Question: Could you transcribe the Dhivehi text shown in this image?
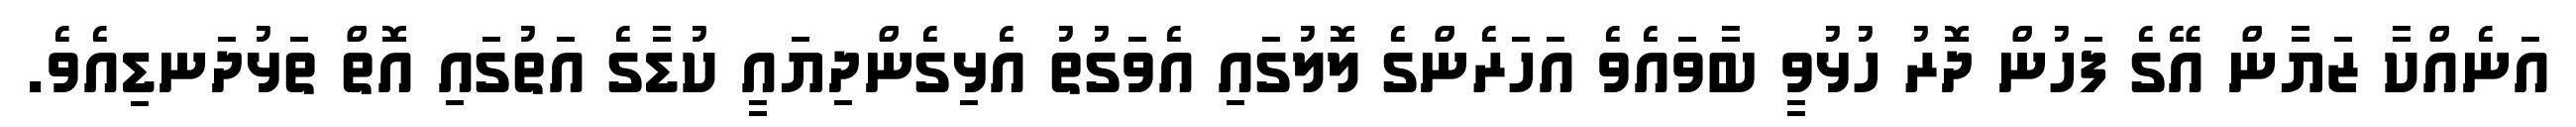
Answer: އަނެއްކާ ޒަޔާން އޭގެ ފަހުން ދޮރު ހުޅުވީ ބާވައެވެ އަހަރެންގެ ލޮލުގައި އެވަގުތު އެޅިގެންދިޔައީ ކުޑާގެ އަތުގައި އޮތް ތަޅުދަނޑިއެވެ.